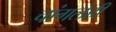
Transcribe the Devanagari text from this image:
चांगलेही